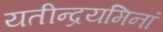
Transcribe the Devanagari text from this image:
यतीन्द्रयमिनां